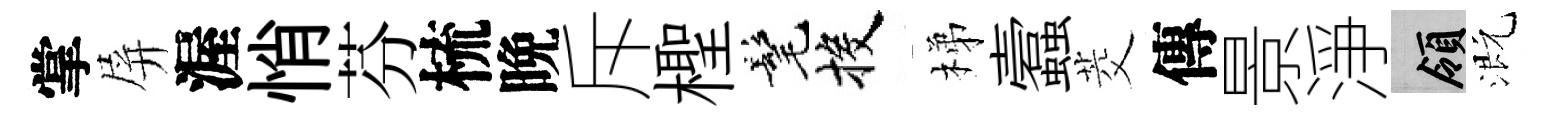
掌屏渥悄芬梳晩斥檉髦投梯蠧茭傳景淨領溉